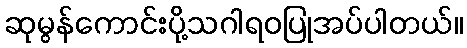
ဆုမွန်ကောင်းပို့သဂါရဝပြုအပ်ပါတယ်။